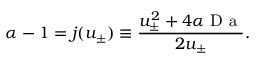
\alpha - 1 = j ( u _ { \pm } ) \equiv \frac { u _ { \pm } ^ { 2 } + 4 \alpha \mathrm { ~ D ~ a ~ } } { 2 u _ { \pm } } .